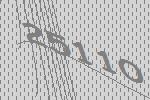
25110